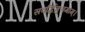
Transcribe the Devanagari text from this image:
सवर्द्धिमुत्तमाम्‌।